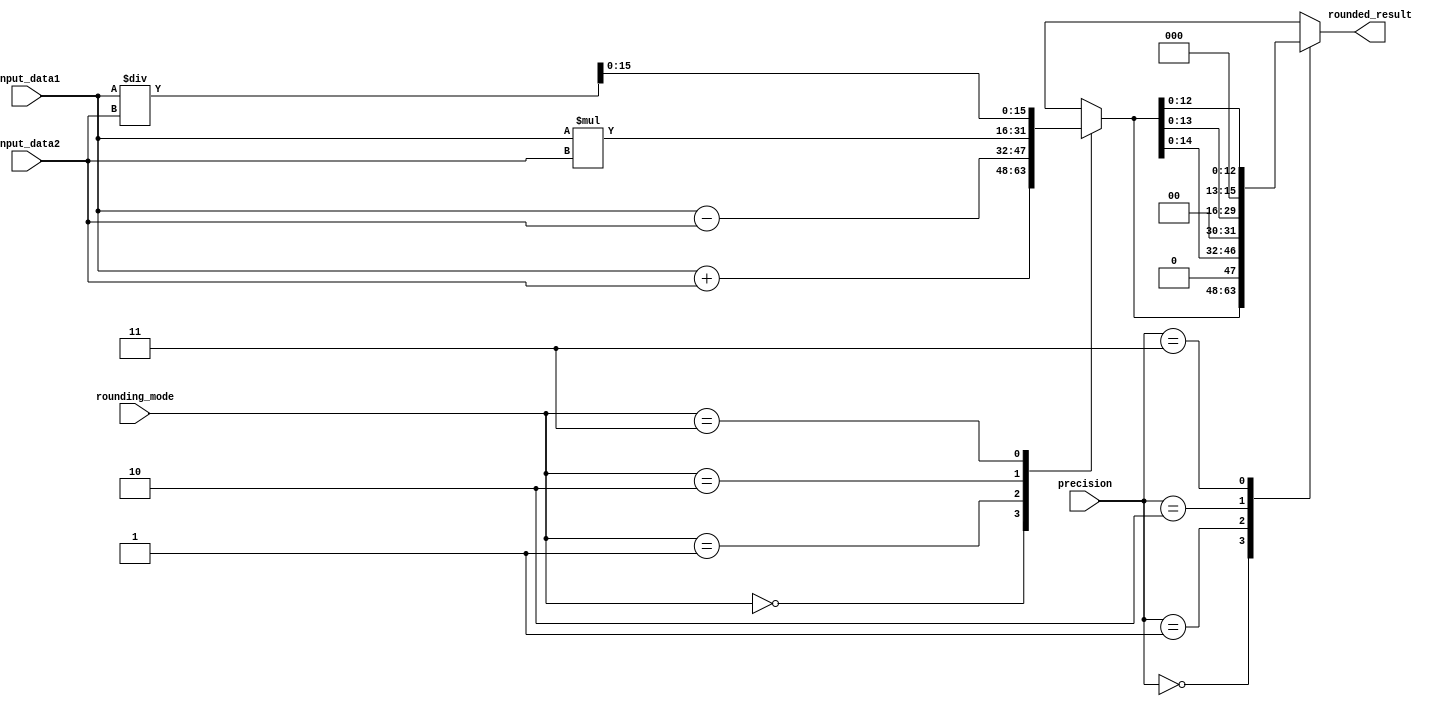
module fixed_point_rounding_unit(
    input [15:0] input_data1,
    input [15:0] input_data2,
    input [1:0] rounding_mode,
    input [1:0] precision,
    output reg [15:0] rounded_result
);

reg [31:0] result;

always @(input_data1, input_data2, rounding_mode, precision) begin
    case (rounding_mode)
        2'b00: result = input_data1 + input_data2; // Round towards zero
        2'b01: result = input_data1 - input_data2; // Round towards infinity
        2'b10: result = input_data1 * input_data2; // Round towards nearest
        2'b11: result = input_data1 / input_data2; // Round towards nearest, ties to even
    endcase

    case (precision)
        2'b00: rounded_result = result[15:0]; // 0 fractional bits
        2'b01: rounded_result = result[14:0]; // 1 fractional bit
        2'b10: rounded_result = result[13:0]; // 2 fractional bits
        2'b11: rounded_result = result[12:0]; // 3 fractional bits
    endcase
end

endmodule